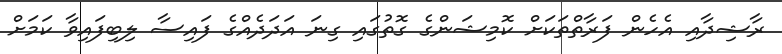
ރާޝިދާއި އެހެން ފަރާތްތަކަށް ކޮމިޝަންގެ ގޮތުގައި ގިނަ އަދަދެއްގެ ފައިސާ ލިބިފައިވާ ކަމަށް